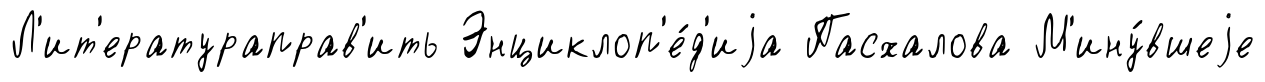
Л'ит'ератураправ'ить Энциклоп'е́д'иjа Пасхалова М'ину́вшеjе